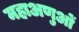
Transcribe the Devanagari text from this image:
महाअणुओं